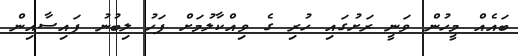
ބައެއް މީހުން ވަނީ ރަށުގައި ހުރި ގެ ވިއްކާލުމަށް ފަހު ލިބުނު ފައިސާއިން